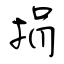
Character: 捐